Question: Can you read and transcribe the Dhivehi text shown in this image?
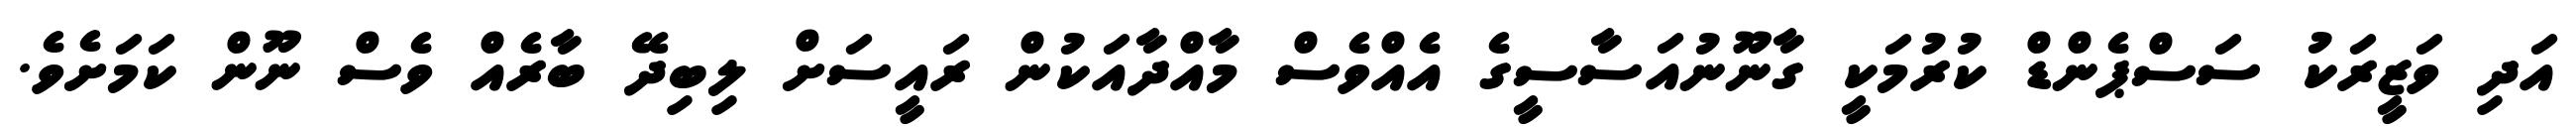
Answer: އަދި ވަޒީރަކު ސަސްޕެންޑް ކުރުމަކީ ގާނޫނުއަސާސީގެ އެއްވެސް މާއްދާއަކުން ރައީސަށް ލިބިދޭ ބާރެއް ވެސް ނޫން ކަމަށެވެ.